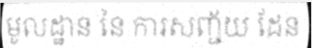
មូលដ្ឋាន នៃ ការសញ្ជ័យ ដែន